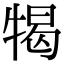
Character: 㹇